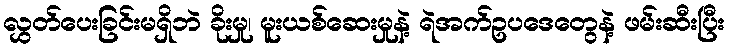
လွှတ်ပေးခြင်းမရှိဘဲ ခိုးမှု၊ မူးယစ်ဆေးမှုနဲ့ ရဲအက်ဥပဒေတွေနဲ့ ဖမ်းဆီးပြီး